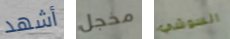
أشهد مخجل السوشي